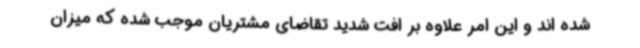
شده اند و این امر علاوه بر افت شدید تقاضای مشتریان موجب شده که میزان